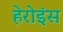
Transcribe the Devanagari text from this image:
हेरोइंस